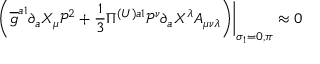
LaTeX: \left. \left( \overline { { { g } } } ^ { a 1 } \partial _ { a } X _ { \mu } \mathcal { P } ^ { 2 } + \frac { 1 } { 3 } \Pi ^ { ( U ) a 1 } \mathcal { P } ^ { \nu } \partial _ { a } X ^ { \lambda } A _ { \mu \nu \lambda } \right) \right| _ { \sigma _ { 1 } = 0 , \pi } \approx 0